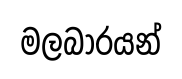
මලබාරයන්